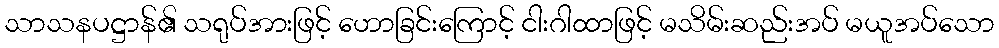
သာသနပဋ္ဌာန်၏ သရုပ်အားဖြင့် ဟောခြင်းကြောင့် ငါးဂါထာဖြင့် မသိမ်းဆည်းအပ် မယူအပ်သော